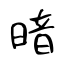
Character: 暗